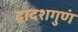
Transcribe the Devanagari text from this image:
द्वादशगुणं